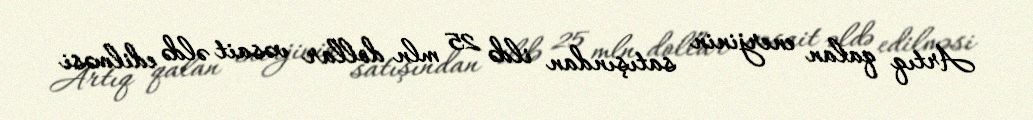
Artıq qalan enerjinin satışından ildə 25 mln dollar vəsait əldə edilməsi